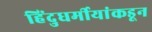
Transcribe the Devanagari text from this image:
हिंदुधर्मीयांकडून